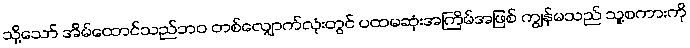
သို့သော် အိမ်ထောင်သည်ဘဝ တစ်လျှောက်လုံးတွင် ပထမဆုံးအကြိမ်အဖြစ် ကျွန်မသည် သူ့စကားကို